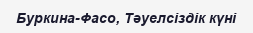
Буркина-Фасо, Тәуелсіздік күні